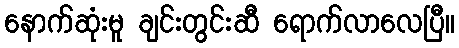
နောက်ဆုံးမူ ချင်းတွင်းဆီ ရောက်လာလေပြီ။